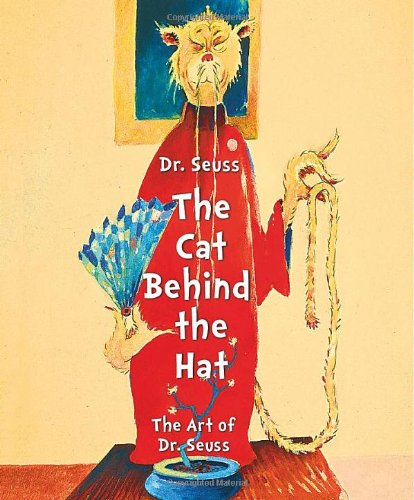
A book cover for Dr. Seuss: The Cat Behind the Hat; Caroline M. Smith; Arts & Photography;